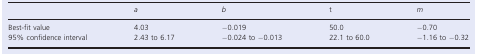
<table><thead><tr><td></td><td><b><i>a</i></b></td><td><b><i>b</i></b></td><td><b>t</b></td><td><b><i>m</i></b></td></tr></thead><tbody><tr><td>Best-fit value</td><td>4.03</td><td>−0.019</td><td>50.0</td><td>−0.70</td></tr><tr><td>95% confidence interval</td><td>2.43 to 6.17</td><td>−0.024 to −0.013</td><td>22.1 to 60.0</td><td>−1.16 to −0.32</td></tr></tbody></table>